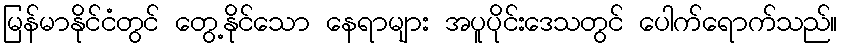
မြန်မာနိုင်ငံတွင် တွေ့နိုင်သော နေရာများ အပူပိုင်းဒေသတွင် ပေါက်ရောက်သည်။